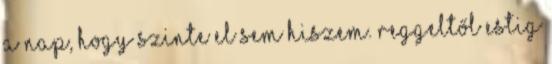
a nap, hogy szinte el sem hiszem. Reggeltől estig